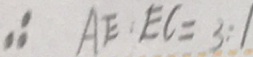
\therefore A E : E C = 3 : 1